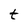
Character: t